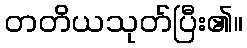
တတိယသုတ်ပြီး၏။